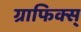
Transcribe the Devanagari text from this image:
ग्राफिक्स्